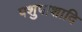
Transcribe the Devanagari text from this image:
पशुपाशादि